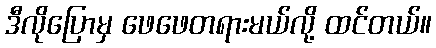
ဒီလိုပြောမှ ဖေဖေတရားမယ်လို့ ထင်တယ်။